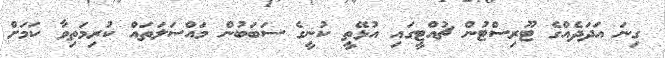
ގިނަ އަދަދެއްގެ ޓޫރިސްޓުން ޗުއްޓީގައި އުޅޭތީ ކުނީގެ ސަބަބުން މައްސަލަތައް ކުރިމަތިވާ ކަމަށް